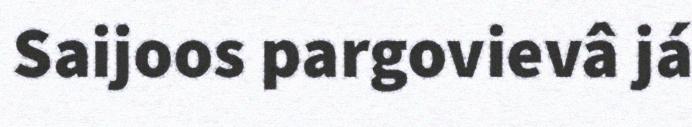
Saijoos pargovievâ já